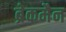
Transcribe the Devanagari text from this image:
ब्रेकमैन